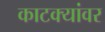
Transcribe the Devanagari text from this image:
काटक्यांवर